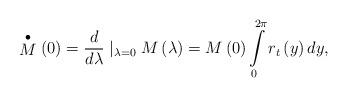
LaTeX: \begin{align*}\stackrel{\bullet }{M}\left( 0\right) =\frac d{d\lambda }\mid_{\lambda =0}M\left( \lambda \right) =M\left( 0\right) \int\limits_0^{2\pi}r_t\left( y\right) dy,\end{align*}